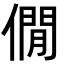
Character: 僩